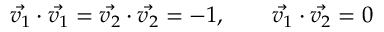
\vec { v _ { 1 } } \cdot \vec { v _ { 1 } } = \vec { v _ { 2 } } \cdot \vec { v _ { 2 } } = - 1 , \qquad \vec { v _ { 1 } } \cdot \vec { v _ { 2 } } = 0